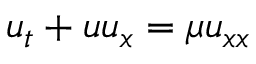
u _ { t } + u u _ { x } = \mu u _ { x x }